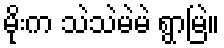
မိုးက သဲသဲမဲမဲ ရွာမြဲ။